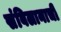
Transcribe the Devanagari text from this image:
संबिलानाची